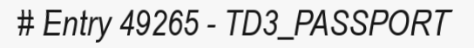
# Entry 49265 - TD3_PASSPORT